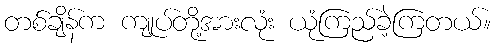
တစ်ချိန်က ကျုပ်တို့အားလုံး ယုံကြည်ခဲ့ကြတယ်။